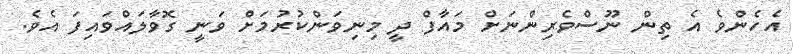
އެހެންވެ އެ ތިން ނޫސްވެރިންނަށް މައާފް ދީ މިނިވަންކުރުމަށް ވަނީ ގޮވާލައްވައިފަ އެވެ.